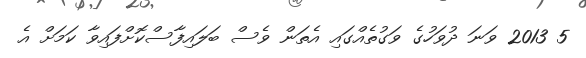
5 2013 ވަނަ ދުވަހުގެ ވަގުތެއްގައި އެތަން ވެސް ބަލައިފާސްކޮށްފައިވާ ކަމަށް އެ